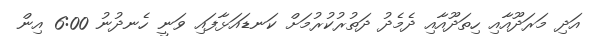
އަދި މަރަދޫއާއި ހިތަދޫއާއި ދެމެދު ދަތުރުކުރުމަށް ކަނޑައަޅާފައި ވަނީ ހެނދުނު 6:00 އިން